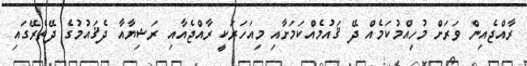
ރާއްޖެއިން ވަރަށް މުހިއްމުކަމެއް ދޭ ޤައުމެއްކަމަށާއި މިއަހަރަކީ ރާއްޖެއާއި ރަޝިޔާއާ ދެޤައުމުގެ ދޭތެރޭގައި